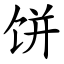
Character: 饼